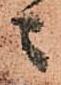
ニ